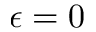
\epsilon = 0